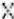
X